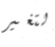
لتغير